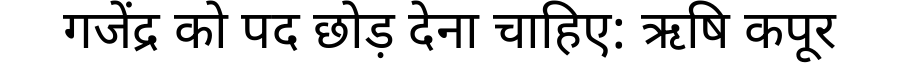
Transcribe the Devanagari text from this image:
गजेंद्र को पद छोड़ देना चाहिए: ऋषि कपूर